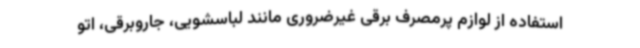
استفاده از لوازم پرمصرف برقی غیرضروری مانند لباسشویی، جاروبرقی، اتو